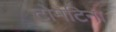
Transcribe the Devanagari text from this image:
टोमेटिना